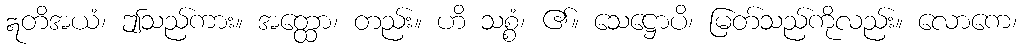
ဣတိအယံ၊ ဤသည်ကား။ အတ္ထော၊ တည်း။ ဟိ သစ္စံ၊ ၏။ သေဋ္ဌောပိ၊ မြတ်သည်ကိုလည်း။ လောကေ၊